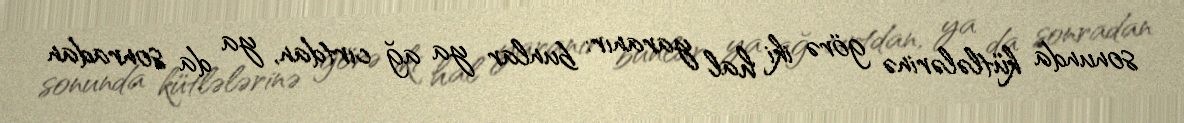
sonunda kütlələrinə görə iki hal yaranır: bunlar ya ağ cırtdan, ya da sonradan